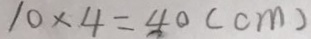
1 0 \times 4 = 4 0 ( c m )